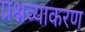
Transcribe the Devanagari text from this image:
प्रश्नव्याकरण